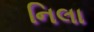
નિલા